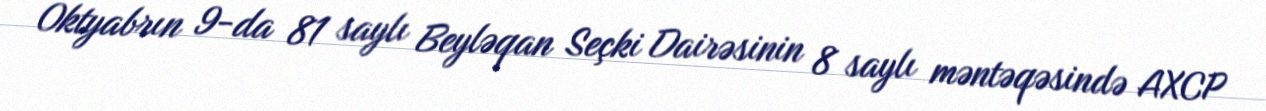
Oktyabrın 9-da 81 saylı Beyləqan Seçki Dairəsinin 8 saylı məntəqəsində AXCP